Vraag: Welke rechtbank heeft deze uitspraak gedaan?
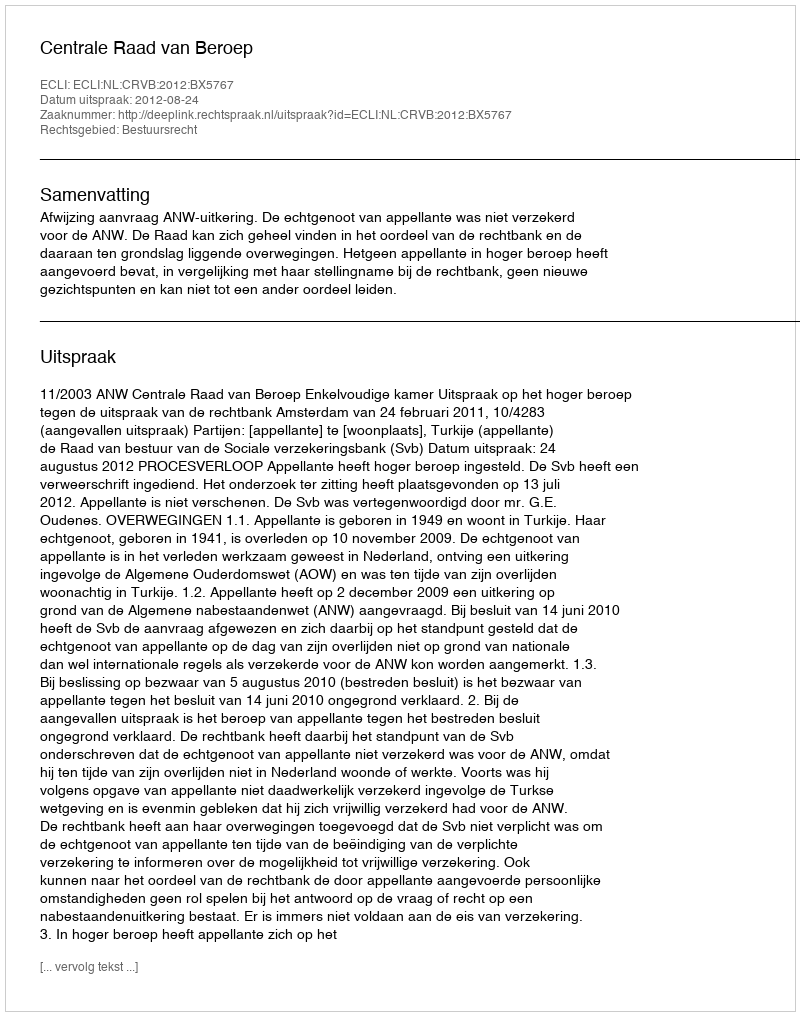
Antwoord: Centrale Raad van Beroep